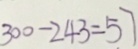
3 0 0 - 2 4 3 = 5 7